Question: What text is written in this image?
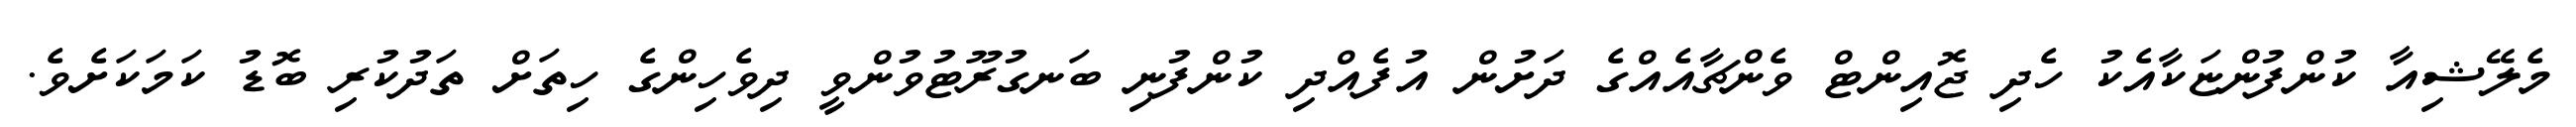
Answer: މެލޭޝިއާ ކުންފުންޏަކާއެކު ހެދި ޖޮއިންޓް ވެންޗާއެއްގެ ދަށުން އުފެއްދި ކުންފުނި ބަނގުރޫޓުވުންވީ ދިވެހިންގެ ހިތަށް ތަދުކުރި ބޮޑު ކަމަކަށެވެ.